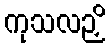
ကုသလဉှိ